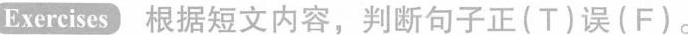
Exercises 根据短文内容,判断句子正(T)误(F).